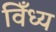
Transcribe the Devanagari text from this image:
विँध्य